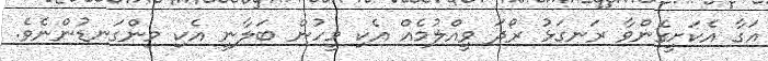
އަގާ އެކަށީގެންވާ ރަނގަޅު ރޯދަ ވީއްލުމެއް އެކި މީހުން ބަލާނީ އެކި މިންގަނޑުންނެވެ.